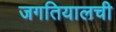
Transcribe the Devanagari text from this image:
जगतियालची